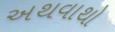
અથવાથો